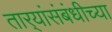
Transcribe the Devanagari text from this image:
तार्‍यांसंबंधीच्या